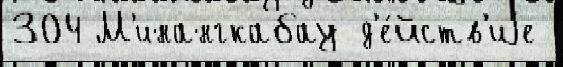
304 М'инангкабау д'е́йств'иjе